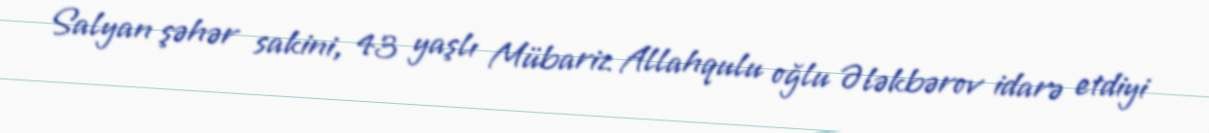
Salyan şəhər sakini, 43 yaşlı Mübariz Allahqulu oğlu Ələkbərov idarə etdiyi